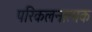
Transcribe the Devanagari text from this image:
परिकलनात्मक